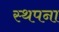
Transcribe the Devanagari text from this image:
स्‍थपना